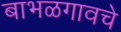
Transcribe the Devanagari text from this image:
बाभळगावचे